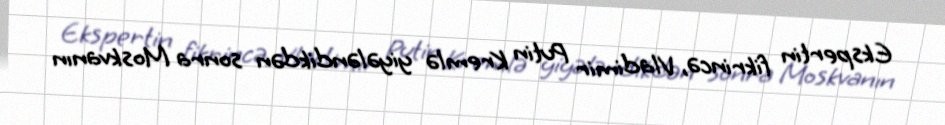
Ekspertin fikrincə, Vladimir Putin Kremlə yiyələndikdən sonra Moskvanın